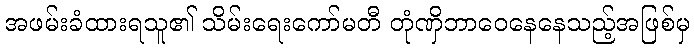
အဖမ်းခံထားရသူ၏ သိမ်းရေးကော်မတီ တုံဏှိဘာဝေနေနေသည့်အဖြစ်မှ